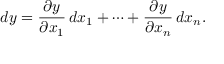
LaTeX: d y = { \frac { \partial y } { \partial x _ { 1 } } } \, d x _ { 1 } + \cdots + { \frac { \partial y } { \partial x _ { n } } } \, d x _ { n } .